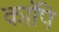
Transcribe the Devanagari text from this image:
कांपि